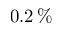
0 . 2 \, \%